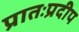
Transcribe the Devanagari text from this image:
प्रातःप्रदीप